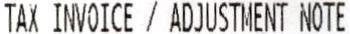
TAX INVOICE / ADJUSTMENT NOTE